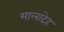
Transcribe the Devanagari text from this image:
मालादेह